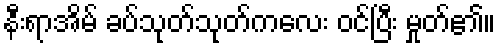
နီးရာအိမ် ခပ်သုတ်သုတ်ကလေး ဝင်ပြီး မှုတ်၏။